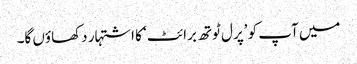
میں آپ کو ’پرل ٹوتھ برائٹ‘ کا اشتہار دکھاؤں گا۔